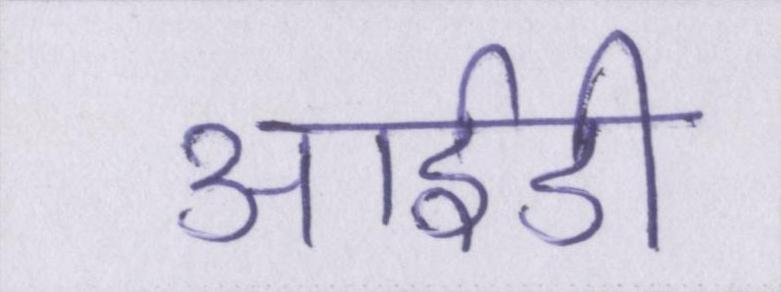
आईडी